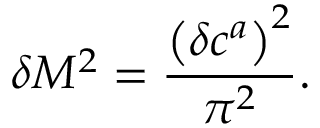
\delta M ^ { 2 } = \frac { \left( \delta c ^ { a } \right) ^ { 2 } } { \pi ^ { 2 } } .